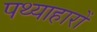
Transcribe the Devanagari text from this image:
पथ्याहारों